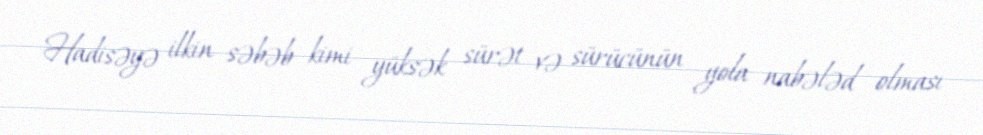
Hadisəyə ilkin səbəb kimi yüksək sürət və sürücünün yola nabələd olması